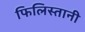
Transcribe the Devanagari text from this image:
फिलिस्तानी